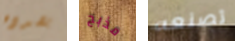
بصدده مذبح تصنعه